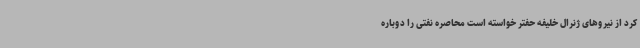
کرد از نیروهای ژنرال خلیفه حفتر خواسته است محاصره نفتی را دوباره